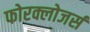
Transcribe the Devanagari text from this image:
फोरक्लोजर्स